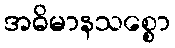
အဓိမာနသစ္စော